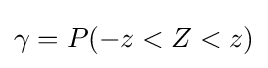
\gamma =P(-z<Z<z)